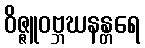
ဝိဇ္ဇူဝဗ္ဘဃနန္တရေ